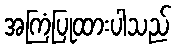
အကြံပြုထားပါသည်